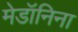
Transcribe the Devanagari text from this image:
मेडॉनिना